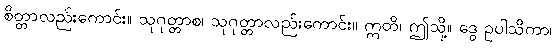
စိတ္တာလည်းကောင်း။ သုဂုတ္တာစ၊ သုဂုတ္တာလည်းကောင်း။ ဣတိ၊ ဤသို့။ ဒွေ ဥပါသိကာ၊